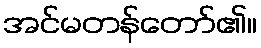
အင်မတန်တော်၏။